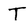
Character: T